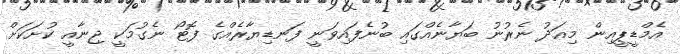
އެމްޑީޕީއިން މިއަދު ނެރުނު ބަޔާނެއްގައި ބުނެފައިވަނީ ފަނޑިޔާރެއްގެ ފޮޓޯ ނެގުމަކީ ޖިނާއީ ކުށަކަށް